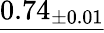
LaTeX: \underline{{0.74_{\pm 0.01}}}